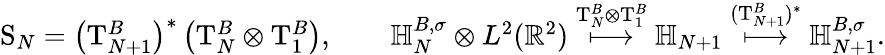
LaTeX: \begin{array}{r}{\mathrm S_{N}=\left(\mathrm T_{N+1}^{B}\right)^{*}\left(\mathrm T_{N}^{B}\otimes\mathrm T_{1}^{B}\right),\qquad{\mathbb H}_{N}^{B,\sigma}\otimes L^{2}(\mathbb R^{2})\overset{\mathrm T_{N}^{B}\otimes\mathrm T_{1}^{B}}{\longmapsto}{\mathbb H}_{N+1}\overset{(\mathrm T_{N+1}^{B})^{*}}{\longmapsto}{\mathbb H}_{N+1}^{B,\sigma}.}\end{array}